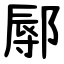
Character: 鄏